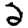
Digit: 2